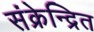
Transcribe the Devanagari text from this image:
संक्रेन्द्रित